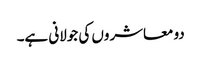
دو معاشروں کی جولانی ہے۔